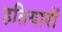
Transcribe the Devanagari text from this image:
हतियारों